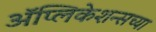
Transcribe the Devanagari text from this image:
ॲप्लिकेशन्सच्या